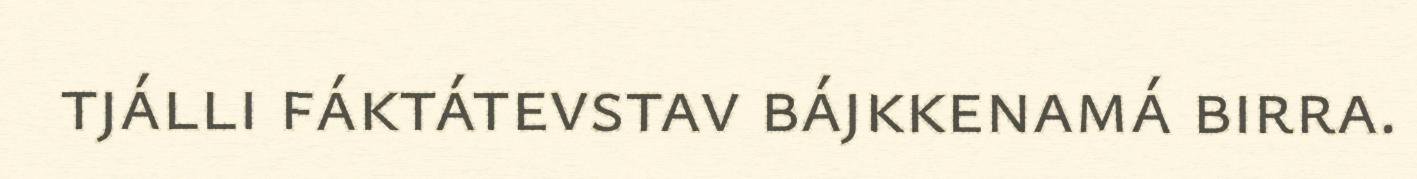
tjálli fáktátevstav bájkkenamá birra.